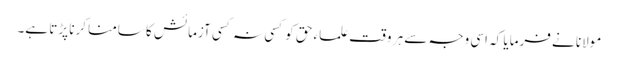
مولانا نے فرمایا کہ اسی وجہ سے ہر وقت علماء حق کو کسی نہ کسی آزمائش کا سامنا کرنا پڑتا ہے۔